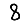
Digit: 8